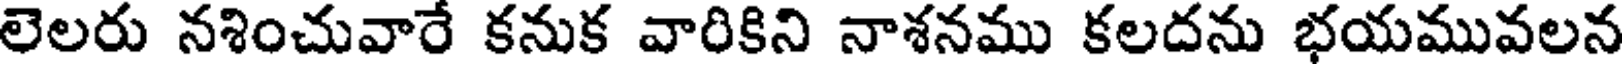
లెలరు నశించువారే కనుక వారికిని నాశనము కలదను భయమువలన